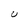
Character: U